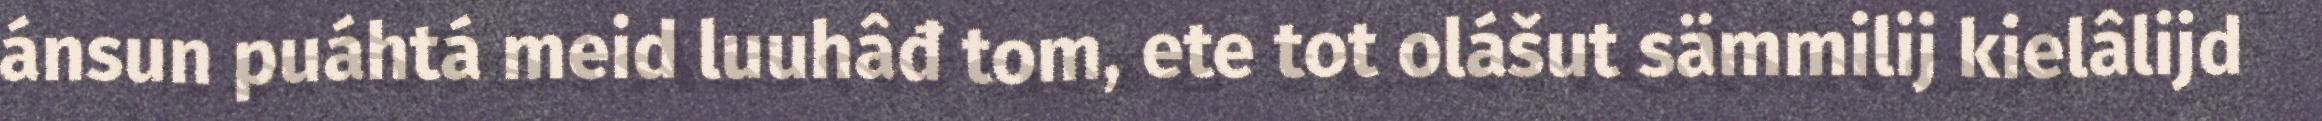
ánsun puáhtá meid luuhâđ tom, ete tot olášut sämmilij kielâlijd